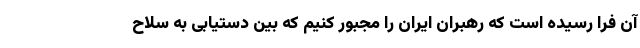
آن فرا رسیده است که رهبران ایران را مجبور کنیم که بین دستیابی به سلاح